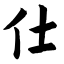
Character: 仕